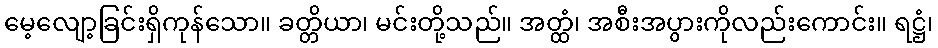
မေ့လျော့ခြင်းရှိကုန်သော။ ခတ္တိယာ၊ မင်းတို့သည်။ အတ္ထံ၊ အစီးအပွားကိုလည်းကောင်း။ ရဋ္ဌံ၊